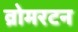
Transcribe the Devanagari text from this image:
व्रोमरटन